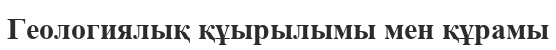
Геологиялық құырылымы мен құрамы